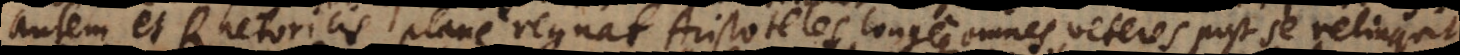
autem et Rhetoricis plane regnat Aristoteles, longe omnes veteres post se relinquit